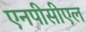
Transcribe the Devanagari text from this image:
एनपीसीएल